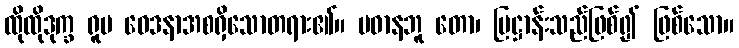
ထိုထိုဒုက္ခ ရူပ ဝေဒနာအစရှိသောတရား၏။ ပဓာနဘူ တော၊ ပြဋ္ဌာန်းသည်ဖြစ်၍ ဖြစ်သော။